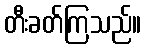
တီးခတ်ကြသည်။